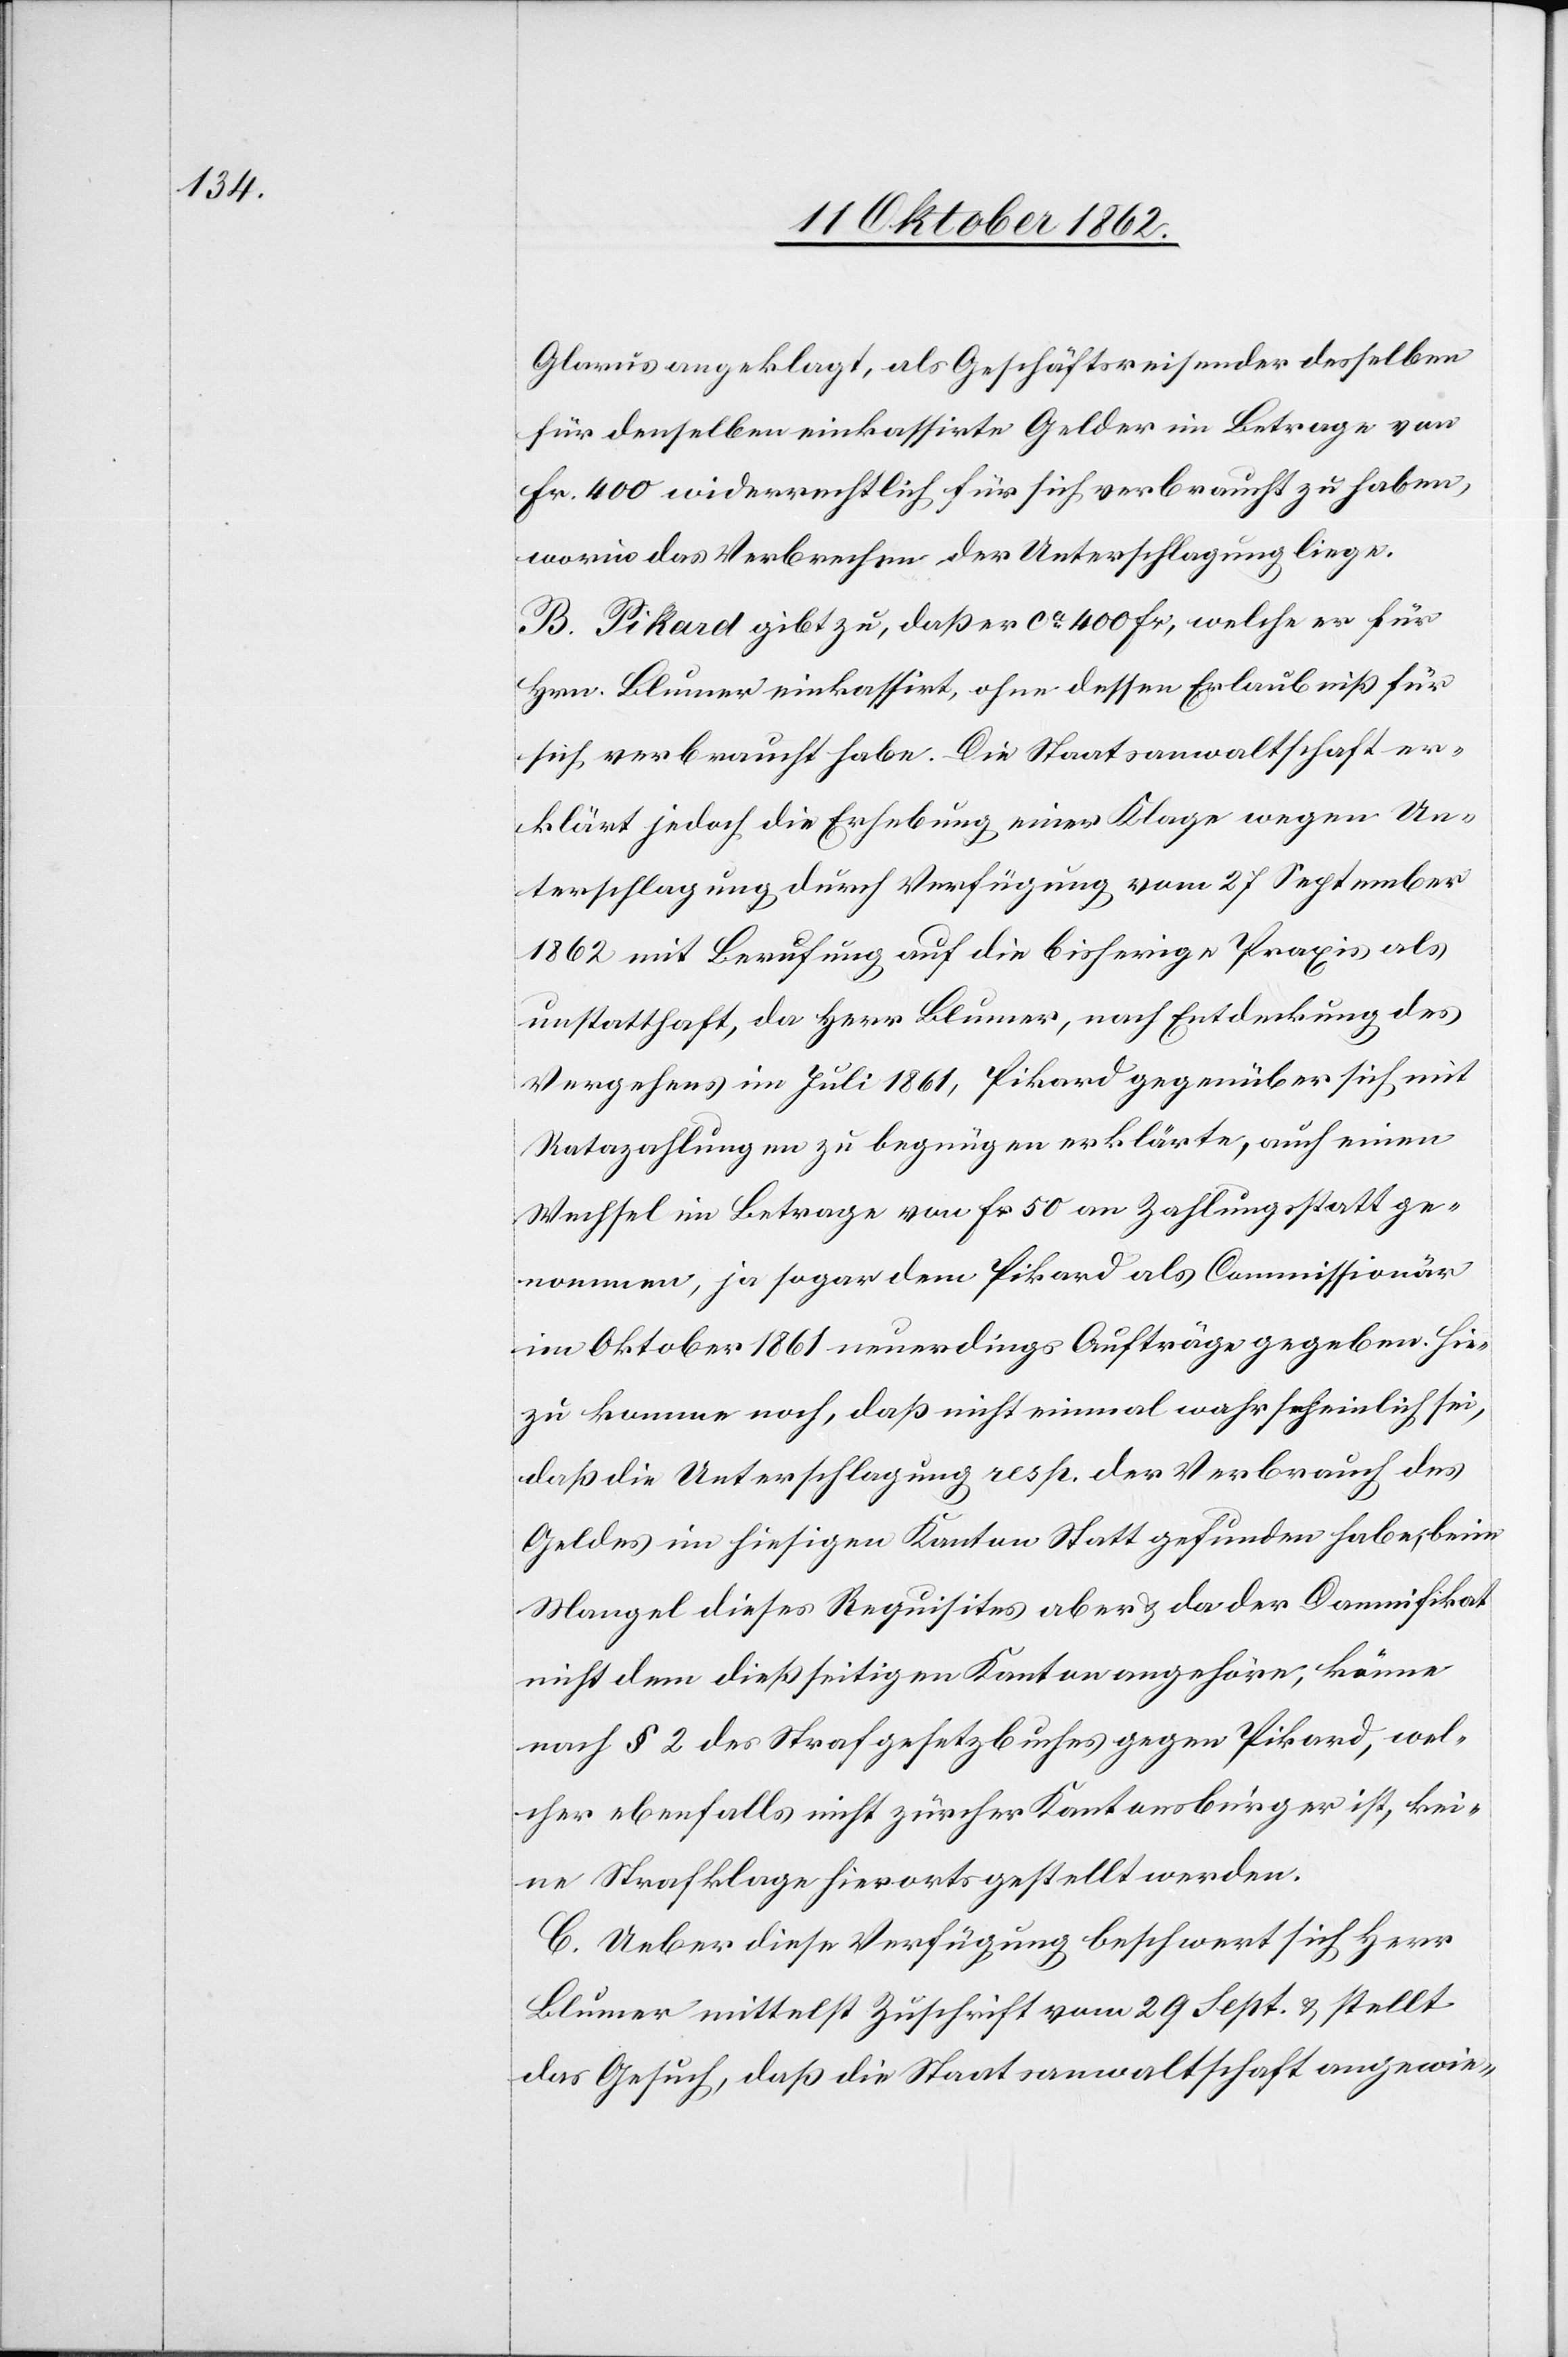
Glarus angeklagt, als Geschäftsreisender desselben
für denselben inkassierte Gelder im Betrage von
Fr. 400 widerrechtlich für sich verbraucht zu haben,
woraus das Verbrechen der Unterschlagung liege.
B. Pikard gibt zu, daß er ca 400 Fr., welche er für
Hrn. Blumer einkassirt, ohne dessen Erlaubniß für
sich verbraucht habe. Die Staatsanwaltschaft er¬
klärt jedoch die Erhebung einer Klage wegen Un¬
terschlagung durch Verfügung vom 27. September
1862 mit Berufung auf die bisherige Praxis als
unstatthaft, da Herr Blumer, nach Entdeckung des
Vergehens im Juli 1861, Pikard gegenüber sich mit
Ratazahlungen zu begnügen erkläre, auch einen
Wechsel im Betrage von Fr. 50 an Zahlung statt ge¬
nommen, ja sogar dem Pikard als Commissionär
im Oktober 1861 neuerdings Aufträge gegeben. Hie¬
zu komme noch, daß nicht einmal wahrscheinlich sei,
daß die Unterschlagung resp. der Verbrauch des
Geldes im hiesigen Kanton Statt gefunden habe, beim
Mangel dieses Requisites aber u. da der Damnifikat
nicht dem dießseitigen Kanton angehöre, könne
nach § 2 des Strafgesetzbuches gegen Pikard, wel¬
cher ebenfalls nicht zürcher Kantonsbürger ist, kei¬
ne Strafklage hierorts gestellt werden.
C. Ueber diese Verfügung beschwert sich Herr
Blumer mittelst Zuschrift vom 29. Sept. u. stellt
das Gesuch, daß die Staatsanwaltschaft angewie-